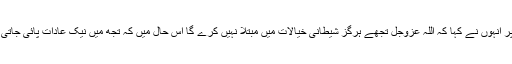
اس پر انہوں نے کہا کہ اللہ عزّوجلّ تجھے ہرگز شیطانی خیالات میں مبتلا نہیں کرے گا اس حال میں کہ تجھ میں نیک عادات پائی جاتی ہیں۔